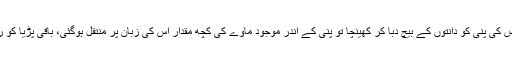
اس نے پینٹ کی جیب سے ماوے کی پڑیا نکال کر اس کی پنی کو دانتوں کے بیچ دبا کر کھینچا تو پنی کے اندر موجود ماوے کی کچھ مقدار اس کی زبان پر منتقل ہوگئی، باقی پڑیا کو ربڑ بینڈ سے لپیٹ کر اس نے واپس جیب میں رکھ لیا۔